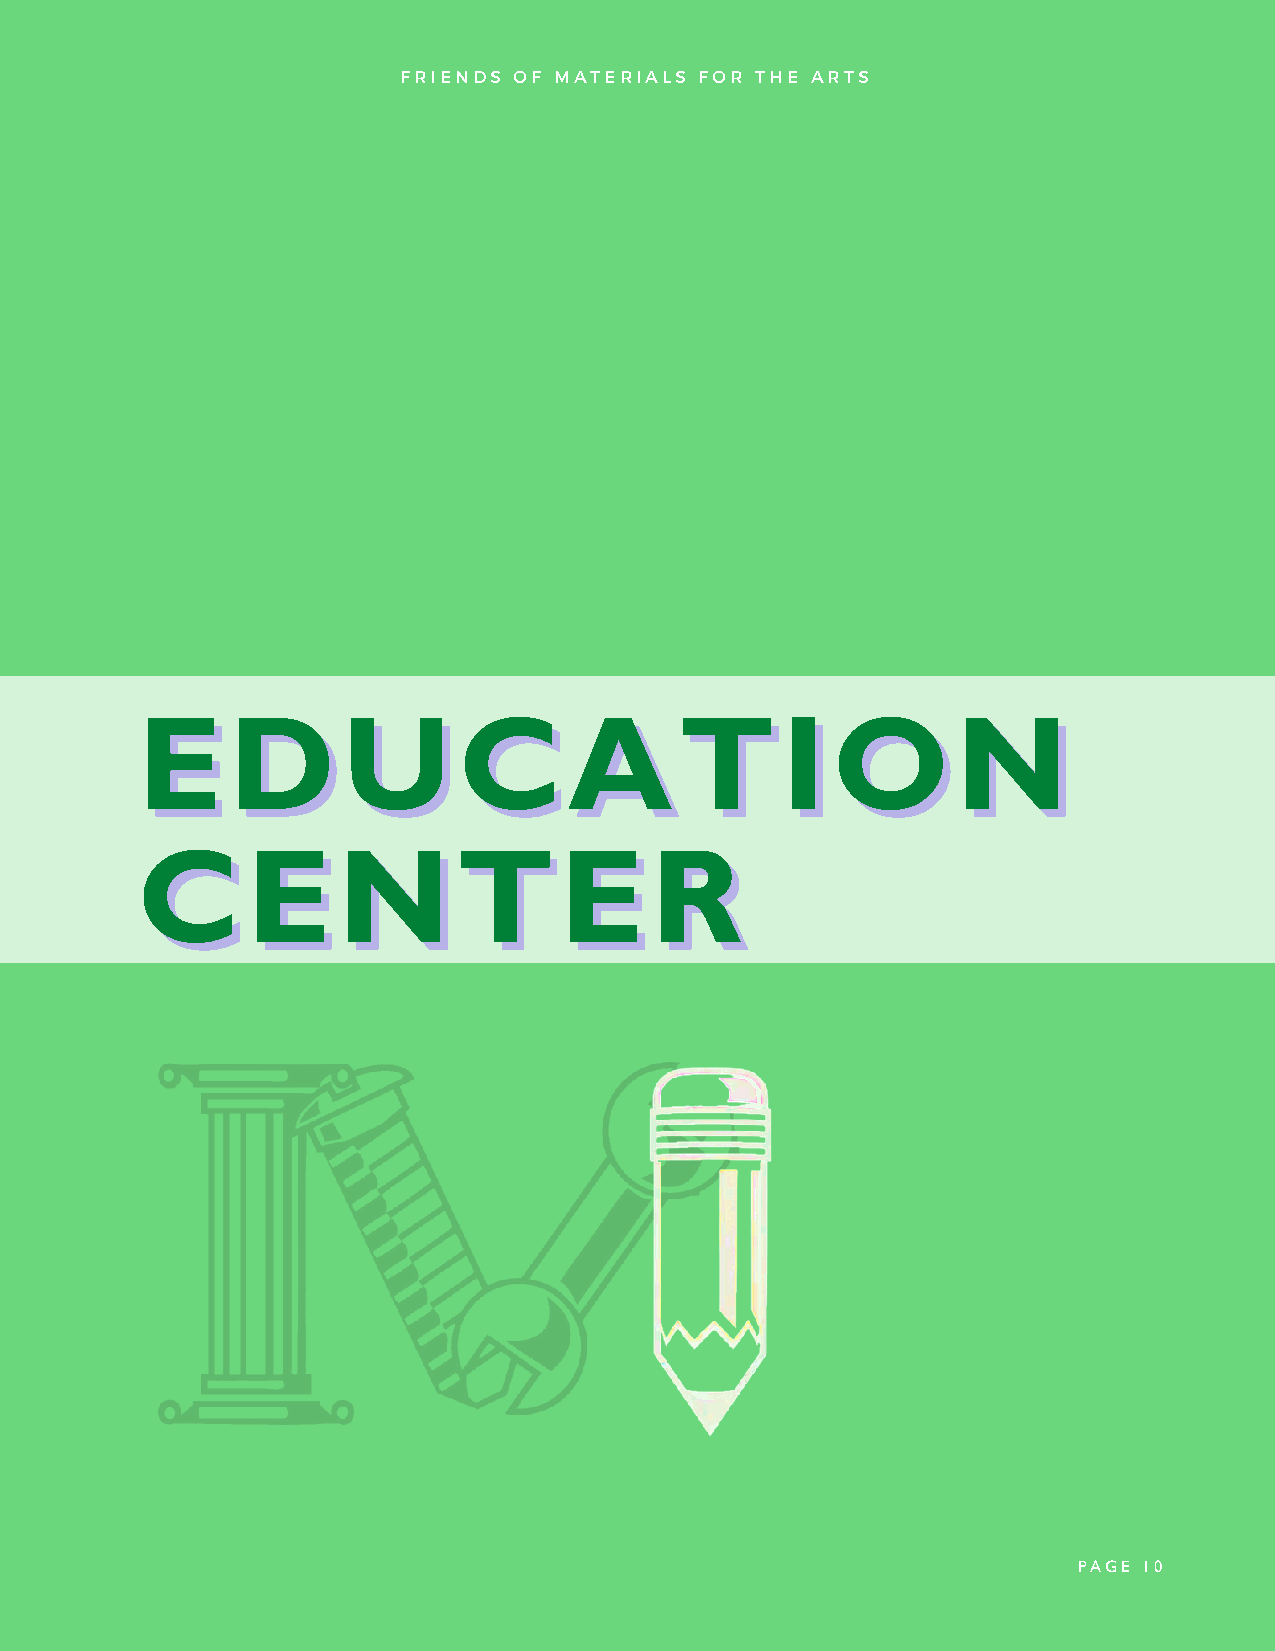
FRIENDS OF MATERIALS FOR THE ARTS
 E     D       U      C       A      T      I  O       N
 E     D      U       C      A      T      I   O       N
 C      E     N       T      E     R
 C      E     N       T      E     R
 PAGE 10